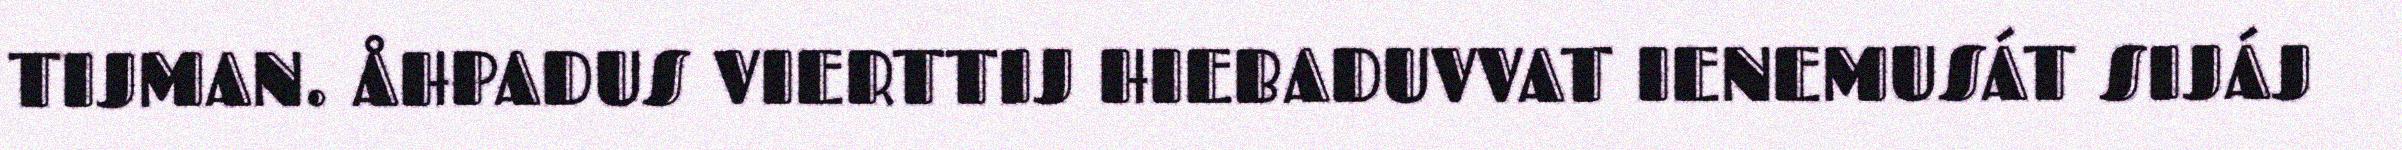
TIJMAN. ÅHPADUS VIERTTIJ HIEBADUVVAT IENEMUSÁT SIJÁJ